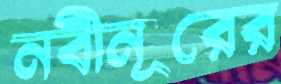
নবীনূরের